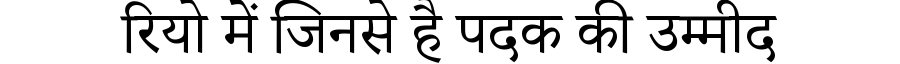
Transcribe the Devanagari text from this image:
रियो में जिनसे है पदक की उम्मीद